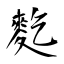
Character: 麧